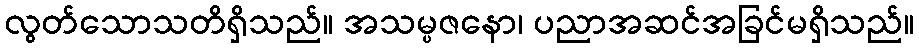
လွတ်သောသတိရှိသည်။ အသမ္ပဇနော၊ ပညာအဆင်အခြင်မရှိသည်။